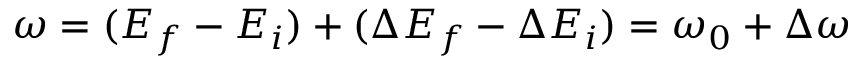
\omega = ( E _ { f } - E _ { i } ) + ( \Delta E _ { f } - \Delta E _ { i } ) = \omega _ { 0 } + \Delta \omega